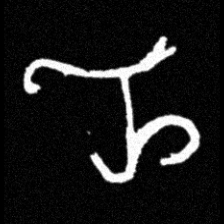
Pyu character \u2014 Myanmar letter: ည (romanized: nya)